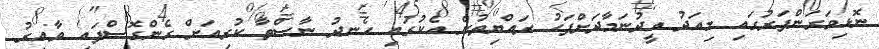
ނޮޅިވަރަންފަރުގައި މިއަދު އީދުނަމާދަށްފަހު ރައްޔިތުން އެކުގައި ހެނދު ނާސްތާ ކުރިއަށް ގެންގޮސްފައި ވާއިރު